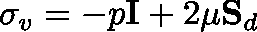
\mathbf { \sigma } _ { v } = - p \mathbf { I } + 2 \mu \mathbf { S } _ { d }